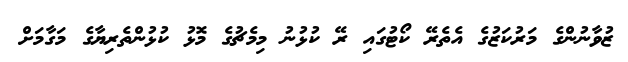
ޒުވާނުންގެ މަރުކަޒުގެ އެތެރޭ ކޯޓުގައި ރޭ ކުޅުނު މިމެޗުގެ މޮޅު ކުޅުންތެރިޔާގެ މަގާމަށް